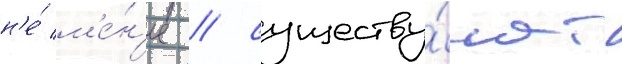
н'е́ м'е́н'ее / существу́ют